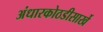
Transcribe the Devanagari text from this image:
अंधारकोठडीसार्खे